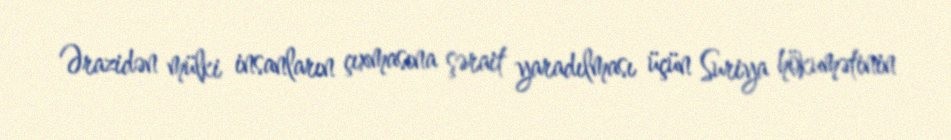
Ərazidən mülki insanların çıxmasına şərait yaradılması üçün Suriya hökumətinin